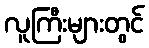
လူကြီးများတွင်